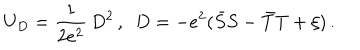
LaTeX: U _ { D } = \frac { 1 } { 2 e ^ { 2 } } \, D ^ { 2 } \, , \, \, \, D = - e ^ { 2 } ( \bar { S } S - \bar { T } T + \xi ) \, .